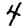
Digit: 4